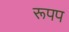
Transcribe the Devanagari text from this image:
रूपप